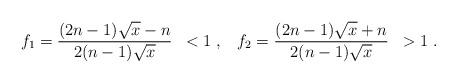
LaTeX: \begin{align*}f_1 = \frac{(2 n - 1) \sqrt{x} - n}{2 (n - 1) \sqrt{x}} \; \; < 1 \; , \; \; \; f_2 = \frac{(2 n - 1) \sqrt{x} + n}{2 (n - 1) \sqrt{x}} \; \; > 1 \; .\end{align*}